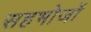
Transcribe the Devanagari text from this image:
सहभोजों